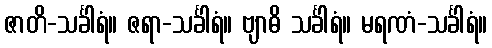
ဇာတိ-သင်္ခါရံ။ ဇရာ-သင်္ခါရံ။ ဗျာဓိ သင်္ခါရံ။ မရဏံ-သင်္ခါရံ။